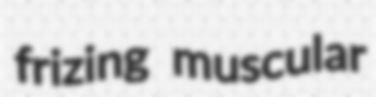
frizing muscular